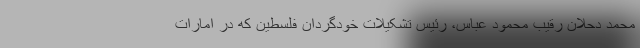
محمد دحلان رقیب محمود عباس، رئیس تشکیلات خودگردان فلسطین که در امارات